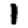
Digit: 1